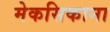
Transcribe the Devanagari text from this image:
मेकसिकाना